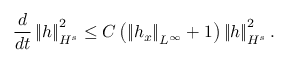
\frac { d } { d t } \left\| h \right\| _ { H ^ { s } } ^ { 2 } \leq C \left( \left\| h _ { x } \right\| _ { L ^ { \infty } } + 1 \right) \left\| h \right\| _ { H ^ { s } } ^ { 2 } .